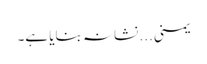
یمنی... نشانہ بنایا ہے۔